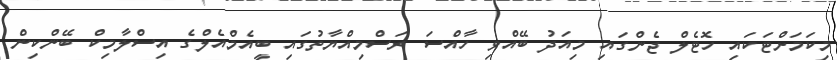
މިކަމަށްޓަކައި ހޮޓެލް ޖެންގައި މިއަދު ބޭއްވި ހާއްސަ ރަސްމިއްޔާތުގައި ބީއެމްއެލްގެ އިސްލާމިކް ބޭންކިން